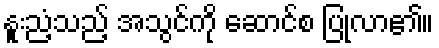
နူးညံ့သည့် အသွင်ကို ဆောင်စ ပြုလာ၏။